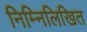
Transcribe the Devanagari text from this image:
निम्‍निलिखित